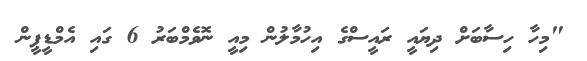
"މިހާ ހިސާބަށް ދިޔައީ ރައީސްގެ އިހުމާލުން މިއީ ނޮވެމްބަރު 6 ގައި އެމްޑީޕީން